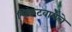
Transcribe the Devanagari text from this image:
चिकटवायचे